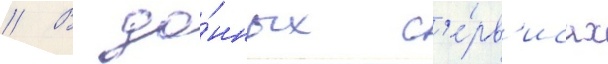
// В да́нных с'е́рв'исах